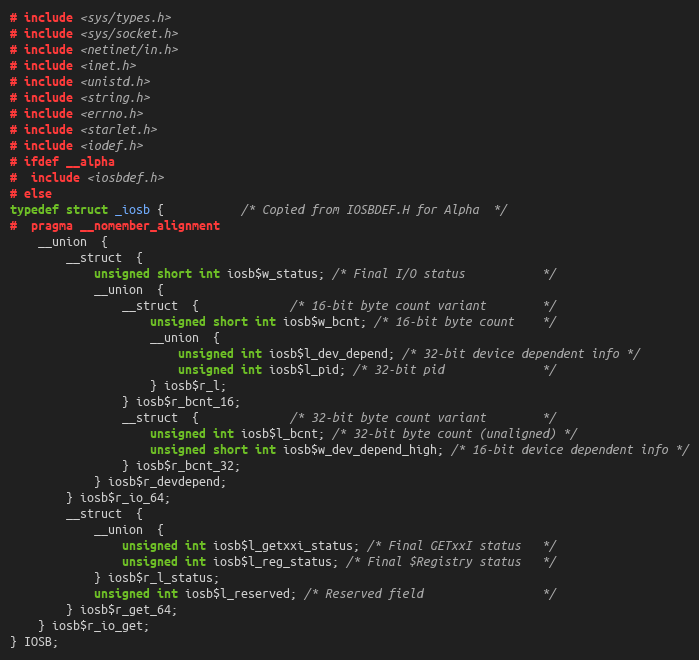
Language: C
# include <sys/types.h>
# include <sys/socket.h>
# include <netinet/in.h>
# include <inet.h>
# include <unistd.h>
# include <string.h>
# include <errno.h>
# include <starlet.h>
# include <iodef.h>
# ifdef __alpha
#  include <iosbdef.h>
# else
typedef struct _iosb {           /* Copied from IOSBDEF.H for Alpha  */
#  pragma __nomember_alignment
    __union  {
        __struct  {
            unsigned short int iosb$w_status; /* Final I/O status           */
            __union  {
                __struct  {             /* 16-bit byte count variant        */
                    unsigned short int iosb$w_bcnt; /* 16-bit byte count    */
                    __union  {
                        unsigned int iosb$l_dev_depend; /* 32-bit device dependent info */
                        unsigned int iosb$l_pid; /* 32-bit pid              */
                    } iosb$r_l;
                } iosb$r_bcnt_16;
                __struct  {             /* 32-bit byte count variant        */
                    unsigned int iosb$l_bcnt; /* 32-bit byte count (unaligned) */
                    unsigned short int iosb$w_dev_depend_high; /* 16-bit device dependent info */
                } iosb$r_bcnt_32;
            } iosb$r_devdepend;
        } iosb$r_io_64;
        __struct  {
            __union  {
                unsigned int iosb$l_getxxi_status; /* Final GETxxI status   */
                unsigned int iosb$l_reg_status; /* Final $Registry status   */
            } iosb$r_l_status;
            unsigned int iosb$l_reserved; /* Reserved field                 */
        } iosb$r_get_64;
    } iosb$r_io_get;
} IOSB;